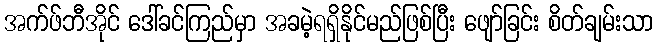
အက်ဖ်ဘီအိုင် ဒေါ်ခင်ကြည်မှာ အခမဲ့ရရှိနိုင်မည်ဖြစ်ပြီး ဖျော်ခြင်း စိတ်ချမ်းသာ